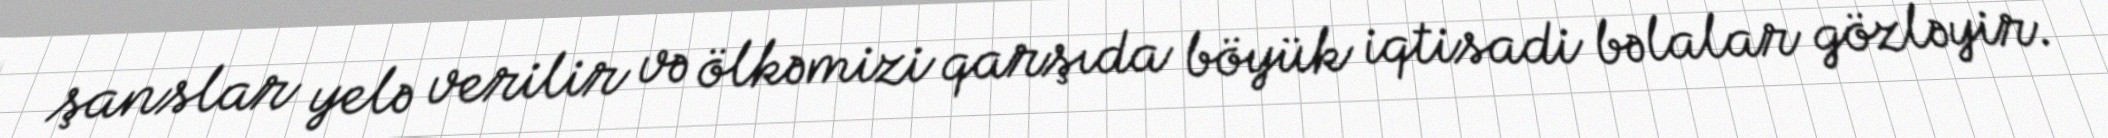
şanslar yelə verilir və ölkəmizi qarşıda böyük iqtisadi bəlalar gözləyir.